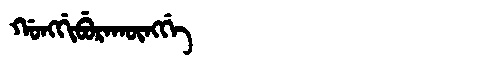
Manchu: ᡤᠣᠩᡤᡳᠪᡠᡵᠠᡴᡡᠩᡤᡝ
Romanization: GONGGIBURAKŪNGGE